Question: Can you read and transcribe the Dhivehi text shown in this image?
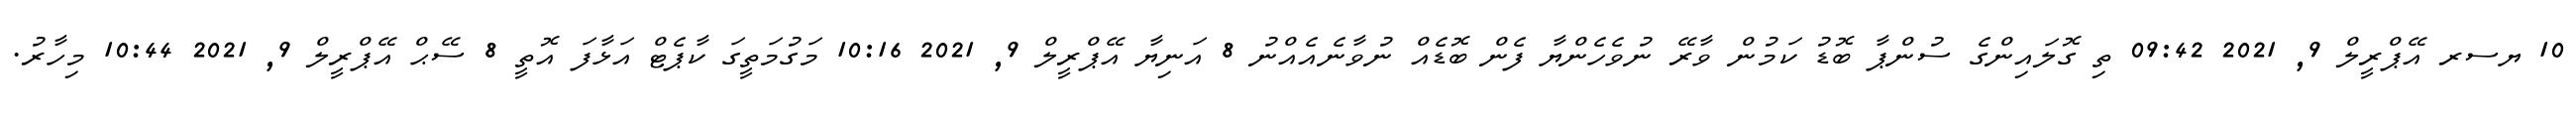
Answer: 10 ޔސރ އޭޕްރީލް 9, 2021 09:42 ތި ގޮލައިންގެ ސުންޕާ ބޮޑު ކަމުން ވާރޭ ނުވެހެންޔާ ފެން ބޮޑެއް ނުވާނެއެއްނު 8 އަނިޔާ އޭޕްރީލް 9, 2021 10:16 މަގުމަތީގަ ކާޕެޓް އަޅާފަ އޮތީ 8 ސޭޙް އޭޕްރީލް 9, 2021 10:44 މިހާރު.